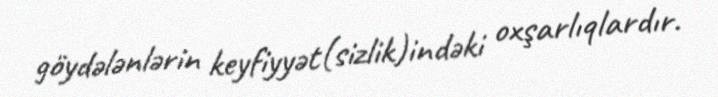
göydələnlərin keyfiyyət(sizlik)indəki oxşarlıqlardır.